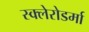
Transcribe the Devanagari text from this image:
स्क्‍लेरोडर्मा